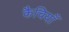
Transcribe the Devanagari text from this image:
कैचियाँ